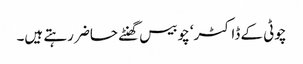
چوٹی کے ڈاکٹر‘ چوبیس گھنٹے حاضر رہتے ہیں۔